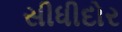
સીધીદોર